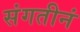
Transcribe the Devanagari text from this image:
संगतीनं